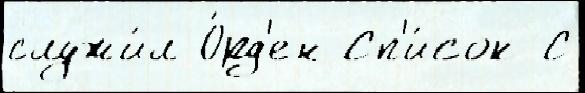
служи́л О́рд'ен Сп'и́сок С